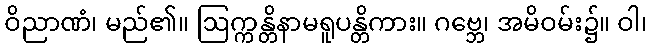
ဝိညာဏံ၊ မည်၏။ ဩက္ကန္တိနာမရူပန္တိကား။ ဂဗ္ဘေ၊ အမိဝမ်း၌။ ဝါ၊